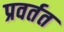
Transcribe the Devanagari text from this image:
प्रवर्तत